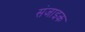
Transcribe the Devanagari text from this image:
संजाइक